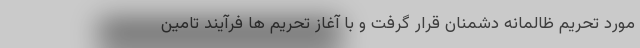
مورد تحریم ظالمانه دشمنان قرار گرفت و با آغاز تحریم ها فرآیند تامین